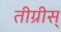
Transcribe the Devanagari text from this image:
तीग्रीस्